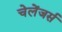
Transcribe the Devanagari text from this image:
चेलेंजर्स